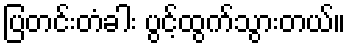
ပြတင်းတံခါး ပွင့်ထွက်သွားတယ်။